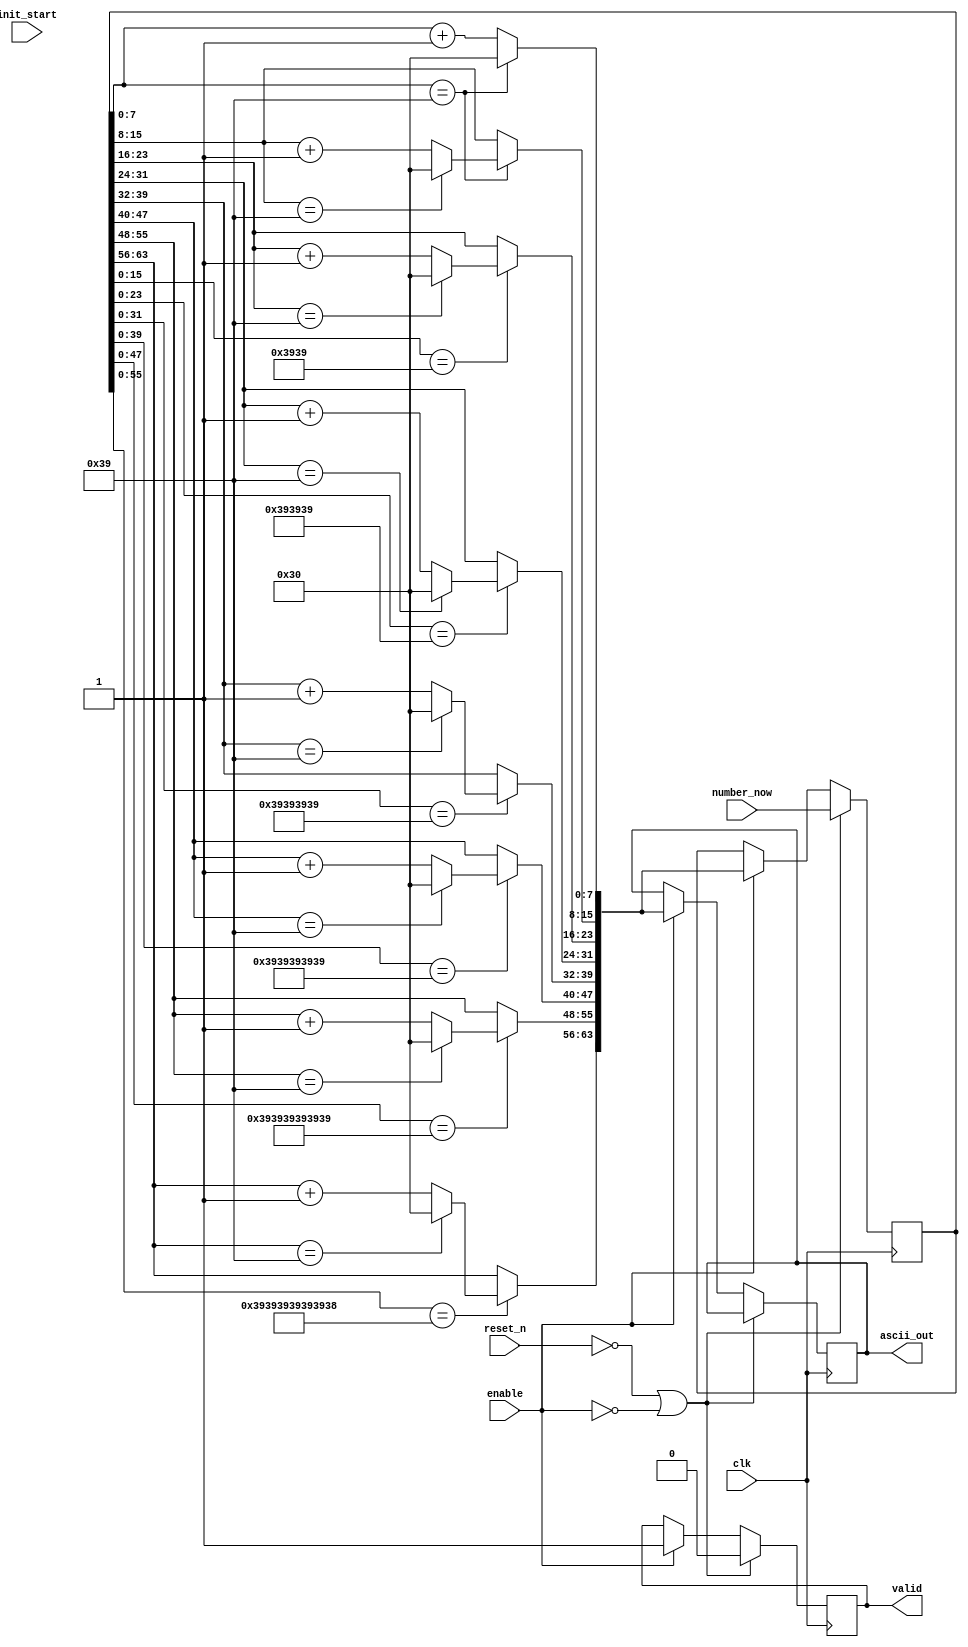
`timescale 1ns / 1ps

module bcd(
    input clk,
    input reset_n,
    input enable,
    input [63:0] init_start,
    input [63:0] number_now,
    output reg [63:0] ascii_out,
    output valid
    );
    
reg [63:0] init_num;
reg [63:0] now_value;
reg [63:0] ascii;
reg done_all;
assign valid = done_all;

always@(posedge clk) begin
    if(~reset_n | !enable) begin
        done_all = 0;
        now_value = number_now;
    end
    else if(enable) begin
        ascii[7:0] = (now_value[7:0] == "9")? "0" : now_value[7:0] + 1;
        ascii[15:8] = (now_value[7:0] == "9")? ((now_value[15:8] == "9")? "0" : now_value[15:8]+1) 
                                                : now_value[15:8];
        ascii[23:16] = (now_value[15:0] == "99")? ((now_value[23:16] == "9")? "0" : now_value[23:16]+1) 
                                                : now_value[23:16];
        ascii[31:24] = (now_value[23:0] == "999")? ((now_value[31:24] == "9")? "0" : now_value[31:24]+1) 
                                                : now_value[31:24];
        ascii[39:32] = (now_value[31:0] == "9999")? ((now_value[39:32] == "9")? "0" : now_value[39:32]+1) 
                                                : now_value[39:32];
        ascii[47:40] = (now_value[39:0] == "99999")? ((now_value[47:40] == "9")? "0" : now_value[47:40]+1) 
                                                : now_value[47:40];
        ascii[55:48] = (now_value[47:0] == "999999")? ((now_value[55:48] == "9")? "0" : now_value[55:48]+1) 
                                                : now_value[55:48];
        ascii[63:56] = (now_value[55:0] == "9999999")? ((now_value[63:56] == "9")? "0" : now_value[63:56]+1) 
                                                : now_value[63:56];
                                                
        ascii_out <= ascii;
        now_value <= ascii;
        done_all = 1;
    end
end
endmodule